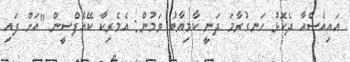
އައިއެސްއާ ދެކޮޅު ހަނގުރާމަ ދަނީ ކާމިޔާބު ވަމުން: އެމެރިކާ ކޭއެފްސީން "އަށް ފައި